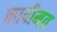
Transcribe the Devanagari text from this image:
कादीमत